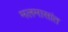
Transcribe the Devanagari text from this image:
मलमासांत